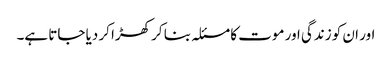
اور ان کو زندگی اور موت کا مسئلہ بنا کر کھڑا کر دیا جاتا ہے۔